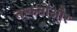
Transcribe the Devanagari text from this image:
ताकतोंऔर